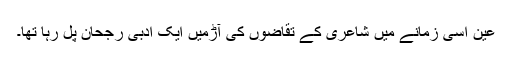
عین اسی زمانے میں شاعری کے تقاضوں کی آڑمیں ایک ادبی رجحان پل رہا تھا۔